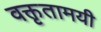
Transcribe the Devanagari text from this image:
वक्तृतामयी